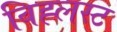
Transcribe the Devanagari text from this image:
विह्लस्ट